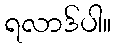
ရလာဒ်ပါ။